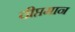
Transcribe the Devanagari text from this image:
दीप्तमान